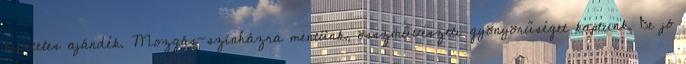
kivételes ajándék. Mozgás-színházra mentünk, összművészeti gyönyörűséget kaptunk. De jó